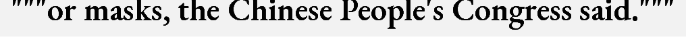
"""or masks, the Chinese People's Congress said."""